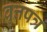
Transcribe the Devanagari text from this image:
वॄत्तपत्र